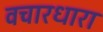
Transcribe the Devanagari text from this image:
वचारधारा